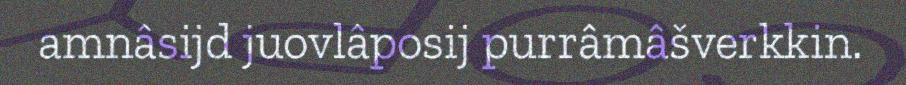
amnâsijd juovlâposij purrâmâšverkkin.